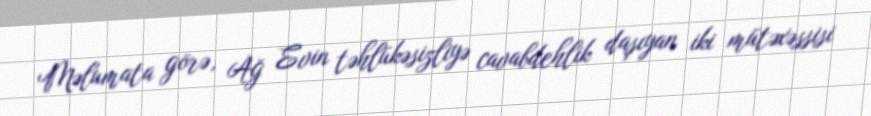
Məlumata görə, Ağ Evin təhlükəsizliyə cavabdehlik daşıyan iki mütəxəssisi